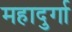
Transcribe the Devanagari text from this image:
महादुर्गा